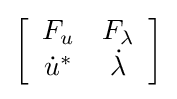
\left[{\begin{array}{cc}F_{u}&F_{\lambda }\\{\dot {u}}^{*}&{\dot {\lambda }}\\\end{array}}\right]